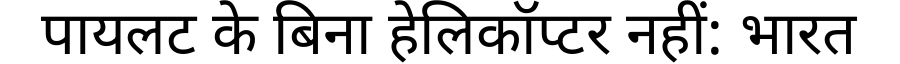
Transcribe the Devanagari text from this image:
पायलट के बिना हेलिकॉप्टर नहीं: भारत